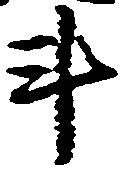
斗